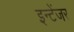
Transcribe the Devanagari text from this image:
इन्टेंजर